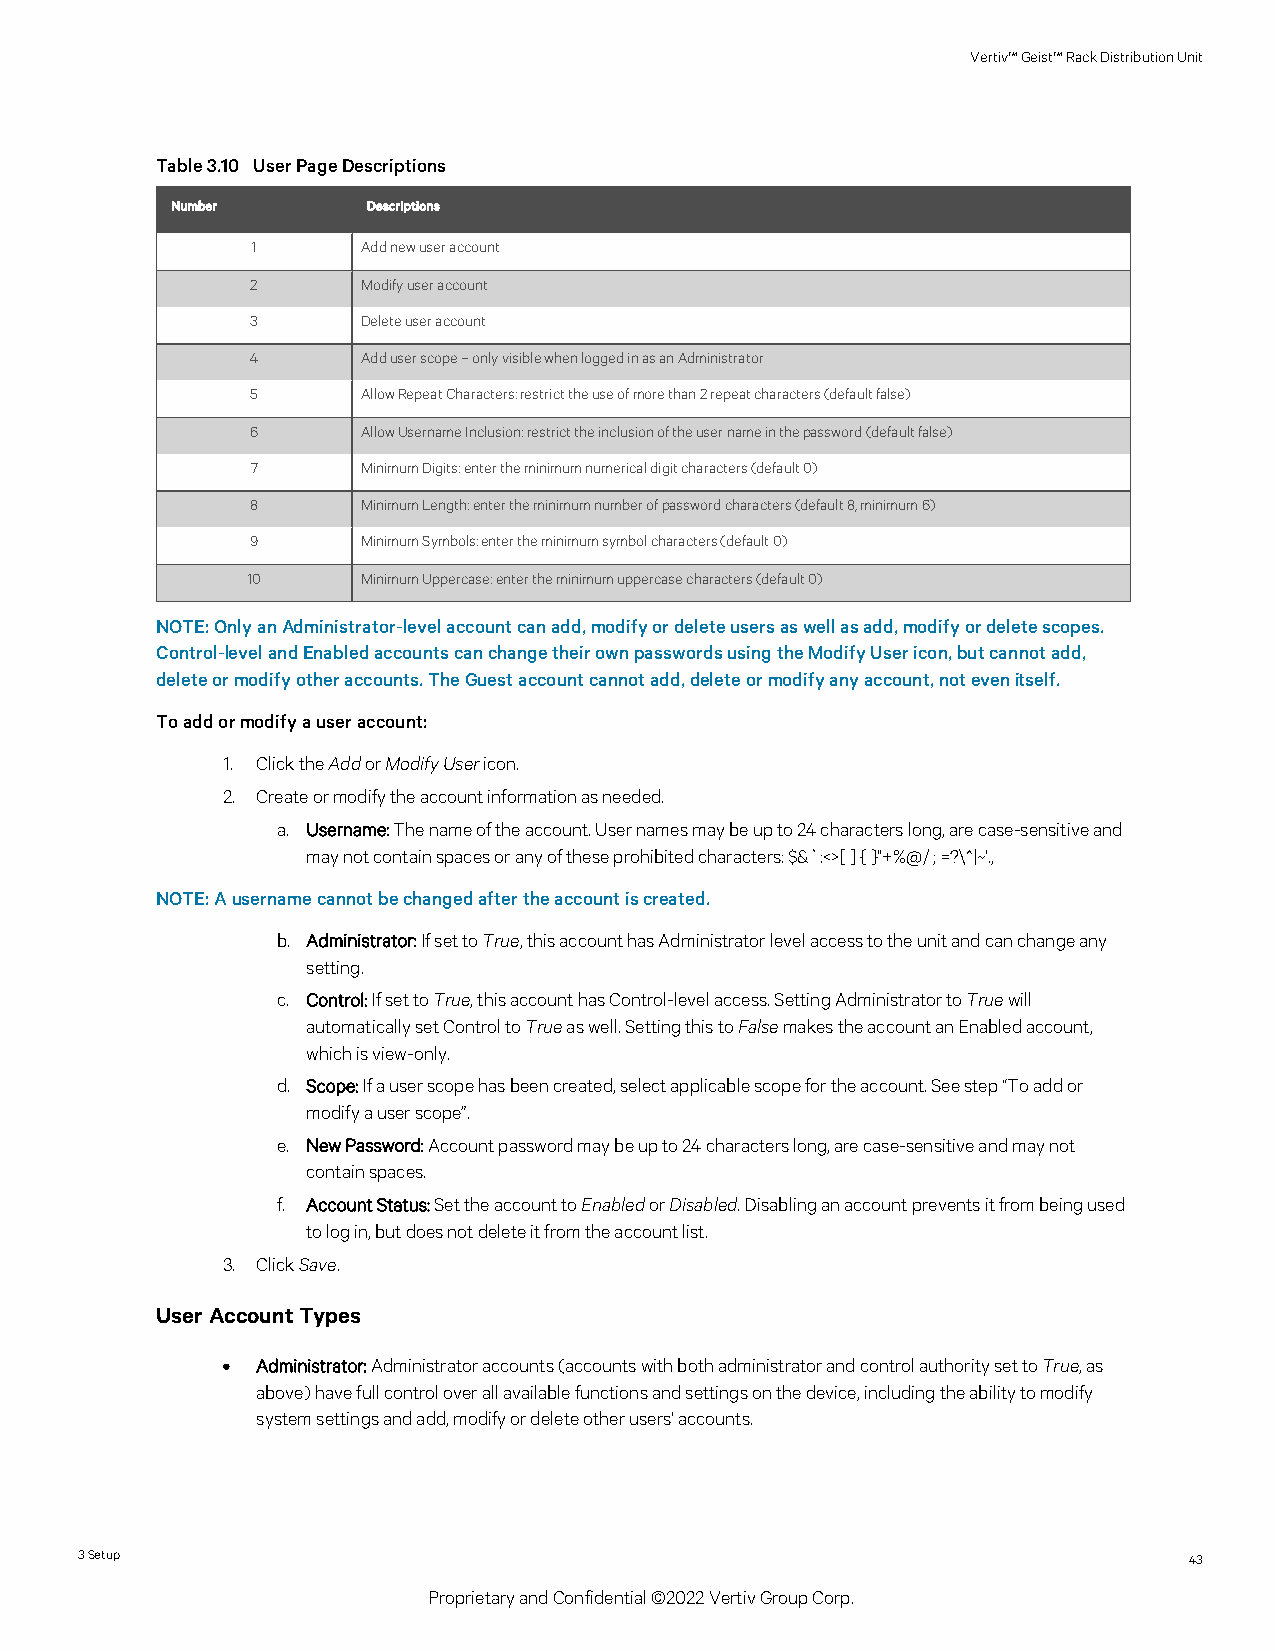
Vertiv™Geist™RackDistributionUnit
 Table3.10 UserPageDescriptions
 Number       Descriptions
 1      Addnewuseraccount
 2      Modifyuseraccount
 3      Deleteuseraccount
 4      Adduserscope–onlyvisiblewhenloggedinasanAdministrator
 5      AllowRepeatCharacters:restricttheuseofmorethan2repeatcharacters(defaultfalse)
 6      AllowUsernameInclusion:restricttheinclusionoftheusernameinthepassword(defaultfalse)
 7      MinimumDigits:entertheminimumnumericaldigitcharacters(default0)
 8      MinimumLength:entertheminimumnumberofpasswordcharacters(default8,minimum6)
 9      MinimumSymbols:entertheminimumsymbolcharacters(default0)
 10      MinimumUppercase:entertheminimumuppercasecharacters(default0)
 NOTE:OnlyanAdministrator-levelaccountcanadd,modifyordeleteusersaswellasadd,modifyordeletescopes.
 Control-levelandEnabledaccountscanchangetheirownpasswordsusingtheModifyUsericon,butcannotadd,
 deleteormodifyotheraccounts.TheGuestaccountcannotadd,deleteormodifyanyaccount,notevenitself.
 Toaddormodifyauseraccount:
 1. ClicktheAddorModifyUsericon.
 2. Createormodifytheaccountinformationasneeded.
 a. Username:Thenameoftheaccount.Usernamesmaybeupto24characterslong,arecase-sensitiveand
 maynotcontainspacesoranyoftheseprohibitedcharacters:$&`:<>[ ]{ }"+%@/;=?\^|~'.,
 NOTE:Ausernamecannotbechangedaftertheaccountiscreated.
 b. Administrator:IfsettoTrue,thisaccounthasAdministratorlevelaccesstotheunitandcanchangeany
 setting.
 c. Control:IfsettoTrue,thisaccounthasControl-levelaccess.SettingAdministratortoTruewill
 automaticallysetControltoTrueaswell.SettingthistoFalsemakestheaccountanEnabledaccount,
 whichisview-only.
 d. Scope:Ifauserscopehasbeencreated,selectapplicablescopefortheaccount.Seestep“Toaddor
 modifyauserscope”.
 e. NewPassword:Accountpasswordmaybeupto24characterslong,arecase-sensitiveandmaynot
 containspaces.
 f. AccountStatus:SettheaccounttoEnabledorDisabled.Disablinganaccountpreventsitfrombeingused
 tologin,butdoesnotdeleteitfromtheaccountlist.
 3. ClickSave.
 UserAccountTypes
 • Administrator:Administratoraccounts(accountswithbothadministratorandcontrolauthoritysettoTrue,as
 above)havefullcontroloverallavailablefunctionsandsettingsonthedevice,includingtheabilitytomodify
 systemsettingsandadd,modifyordeleteotherusers'accounts.
 3Setup                                                                    43
 ProprietaryandConfidential©2022VertivGroupCorp.